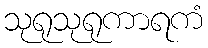
သုရုသုရုကာရကံ